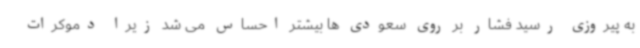
به پیروزی رسید فشار بر روی سعودی ها بیشتر احساس می شد زیرا دموکرات